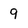
Character: 9